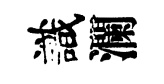
識瀾